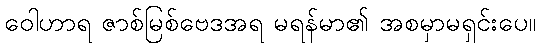
ဝေါဟာရ ဇာစ်မြစ်ဗေဒအရ မရန်မာ၏ အစမှာမရှင်းပေ။